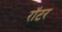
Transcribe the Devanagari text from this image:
रॉटर